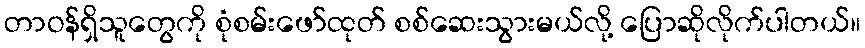
တာဝန်ရှိသူတွေကို စုံစမ်းဖော်ထုတ် စစ်ဆေးသွားမယ်လို့ ပြောဆိုလိုက်ပါတယ်။